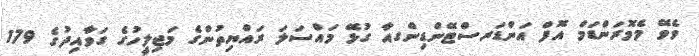
ވެވޭ މެމޮރަންޑަމް އޮފް އަންޑަރސްޓޭންޑިންގއާ ގުޅޭ މައްސަލަ ރައްޔިތުންގެ މަޖިލީހުގެ ގަވާއިދުގެ 179